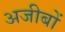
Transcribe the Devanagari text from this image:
अजीबों